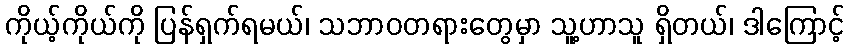
ကိုယ့်ကိုယ်ကို ပြန်ရှက်ရမယ်၊ သဘာဝတရားတွေမှာ သူ့ဟာသူ ရှိတယ်၊ ဒါကြောင့်